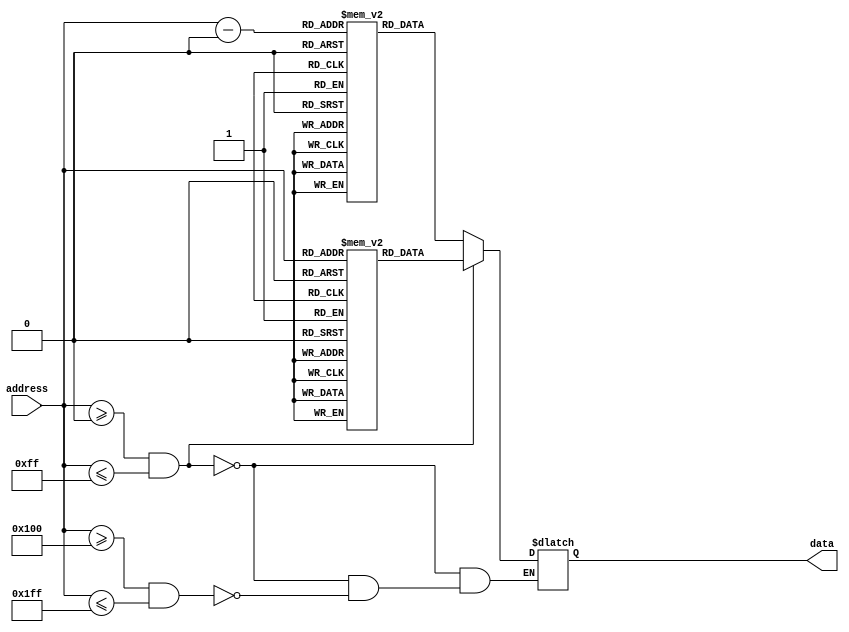
module PROM (
    input [7:0] address,
    output reg [7:0] data
);

// Memory Blocks Initialization
reg [7:0] memory_block1 [0:255];
reg [7:0] memory_block2 [0:255];
// Add more memory blocks as needed

// Data input during synthesis process
initial begin
    // Initialize memory block data values here
end

// Output data based on input address
always @*
begin
    if (address >= 0 && address <= 255)
        data = memory_block1[address];
    else if (address >= 256 && address <= 511)
        data = memory_block2[address-256];
    // Add more conditions for additional memory blocks
    // Update data based on selected memory block and address
end

endmodule